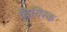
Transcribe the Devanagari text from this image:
बियिस्क